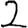
Digit: 2